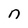
Character: n